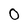
Character: 0